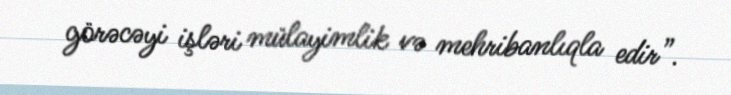
görəcəyi işləri mülayimlik və mehribanlıqla edir”.